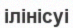
ілінісуі